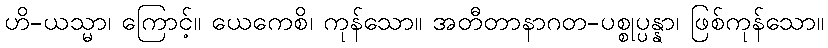
ဟိ-ယသ္မာ၊ ကြောင့်။ ယေကေစိ၊ ကုန်သော။ အတီတာနာဂတ-ပစ္စုပ္ပန္နာ၊ ဖြစ်ကုန်သော။